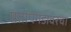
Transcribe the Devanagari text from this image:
प्रतापगडावरचा